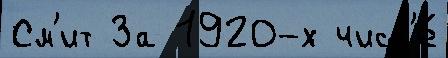
См'ит За 1920-х числ'е́